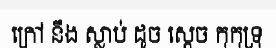
ក្រៅ នឹង ស្លាប់ ដូច ស្តេច កុកុទ្រុ